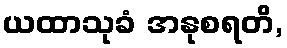
ယထာသုခံ အနုစရတိ,